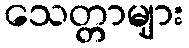
သေတ္တာများ